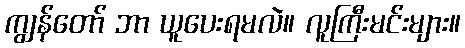
ကျွန်တော် ဘာ ယူပေးရမလဲ။ လူကြီးမင်းများ။